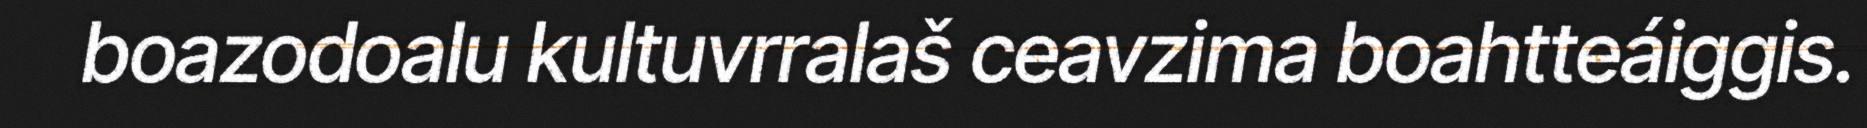
boazodoalu kultuvrralaš ceavzima boahtteáiggis.